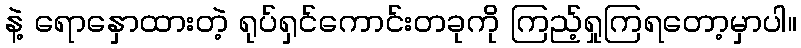
နဲ့ ရောနှောထားတဲ့ ရုပ်ရှင်ကောင်းတခုကို ကြည့်ရှုကြရတော့မှာပါ။